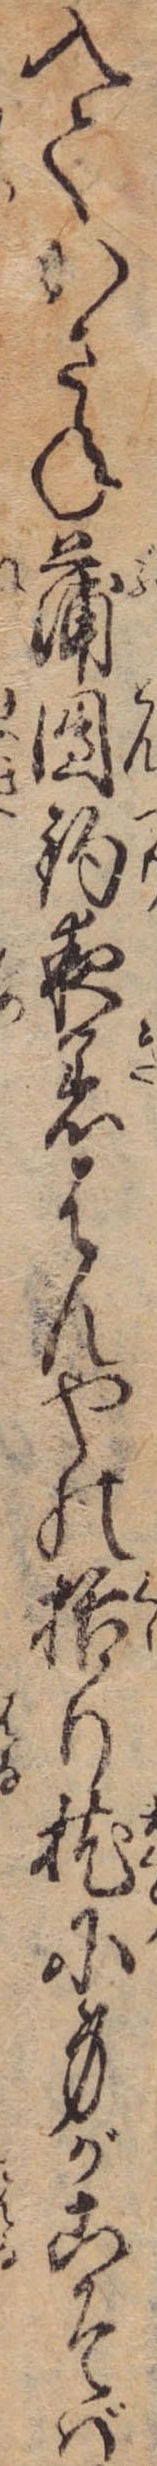
入てかさね蒲団釣夜着はんやの括り枕に身がこそば